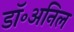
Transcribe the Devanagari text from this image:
डॉ॰अनिल